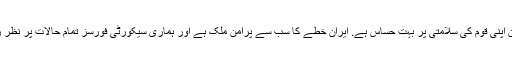
انہوں نے مزید کہا کہ اسلامی جمہوریہ ایران اپنی قوم کی سلامتی پر بہت حساس ہے. ایران خطے کا سب سے پُرامن ملک ہے اور ہماری سیکورٹی فورسز تمام حالات پر نظر رکھے ہوئے ہیں جن کا ہم احترام کرتے ہیں.